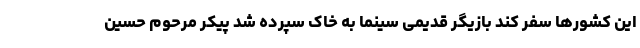
این کشورها سفر کند بازیگر قدیمی سینما به خاک سپرده شد پیکر مرحوم حسین